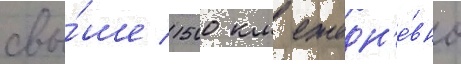
свы́ше 1500 км ежедн'е́вно